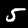
Digit: 5